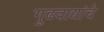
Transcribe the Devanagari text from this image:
गूढवाद्यांचे